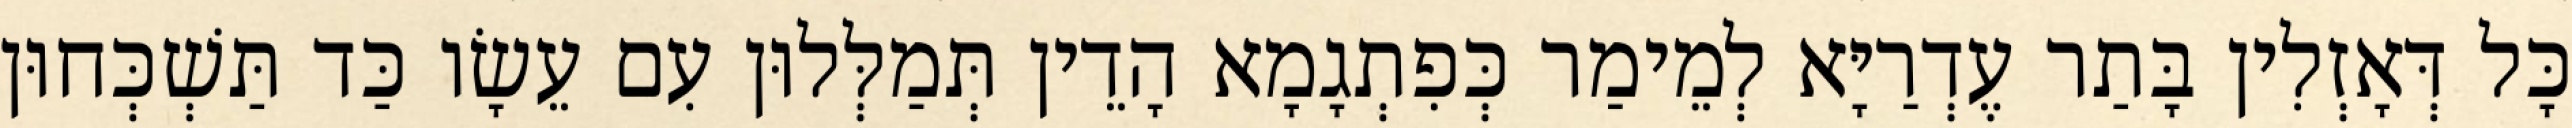
כָּל דְּאָזְלִין בָּתַר עֶדְרַיָּא לְמֵימַר כְּפִתְגָמָא הָדֵין תְּמַלְּלוּן עִם עֵשָׂו כַּד תַּשְׁכְּחוּן